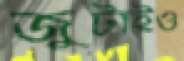
জুটাইও